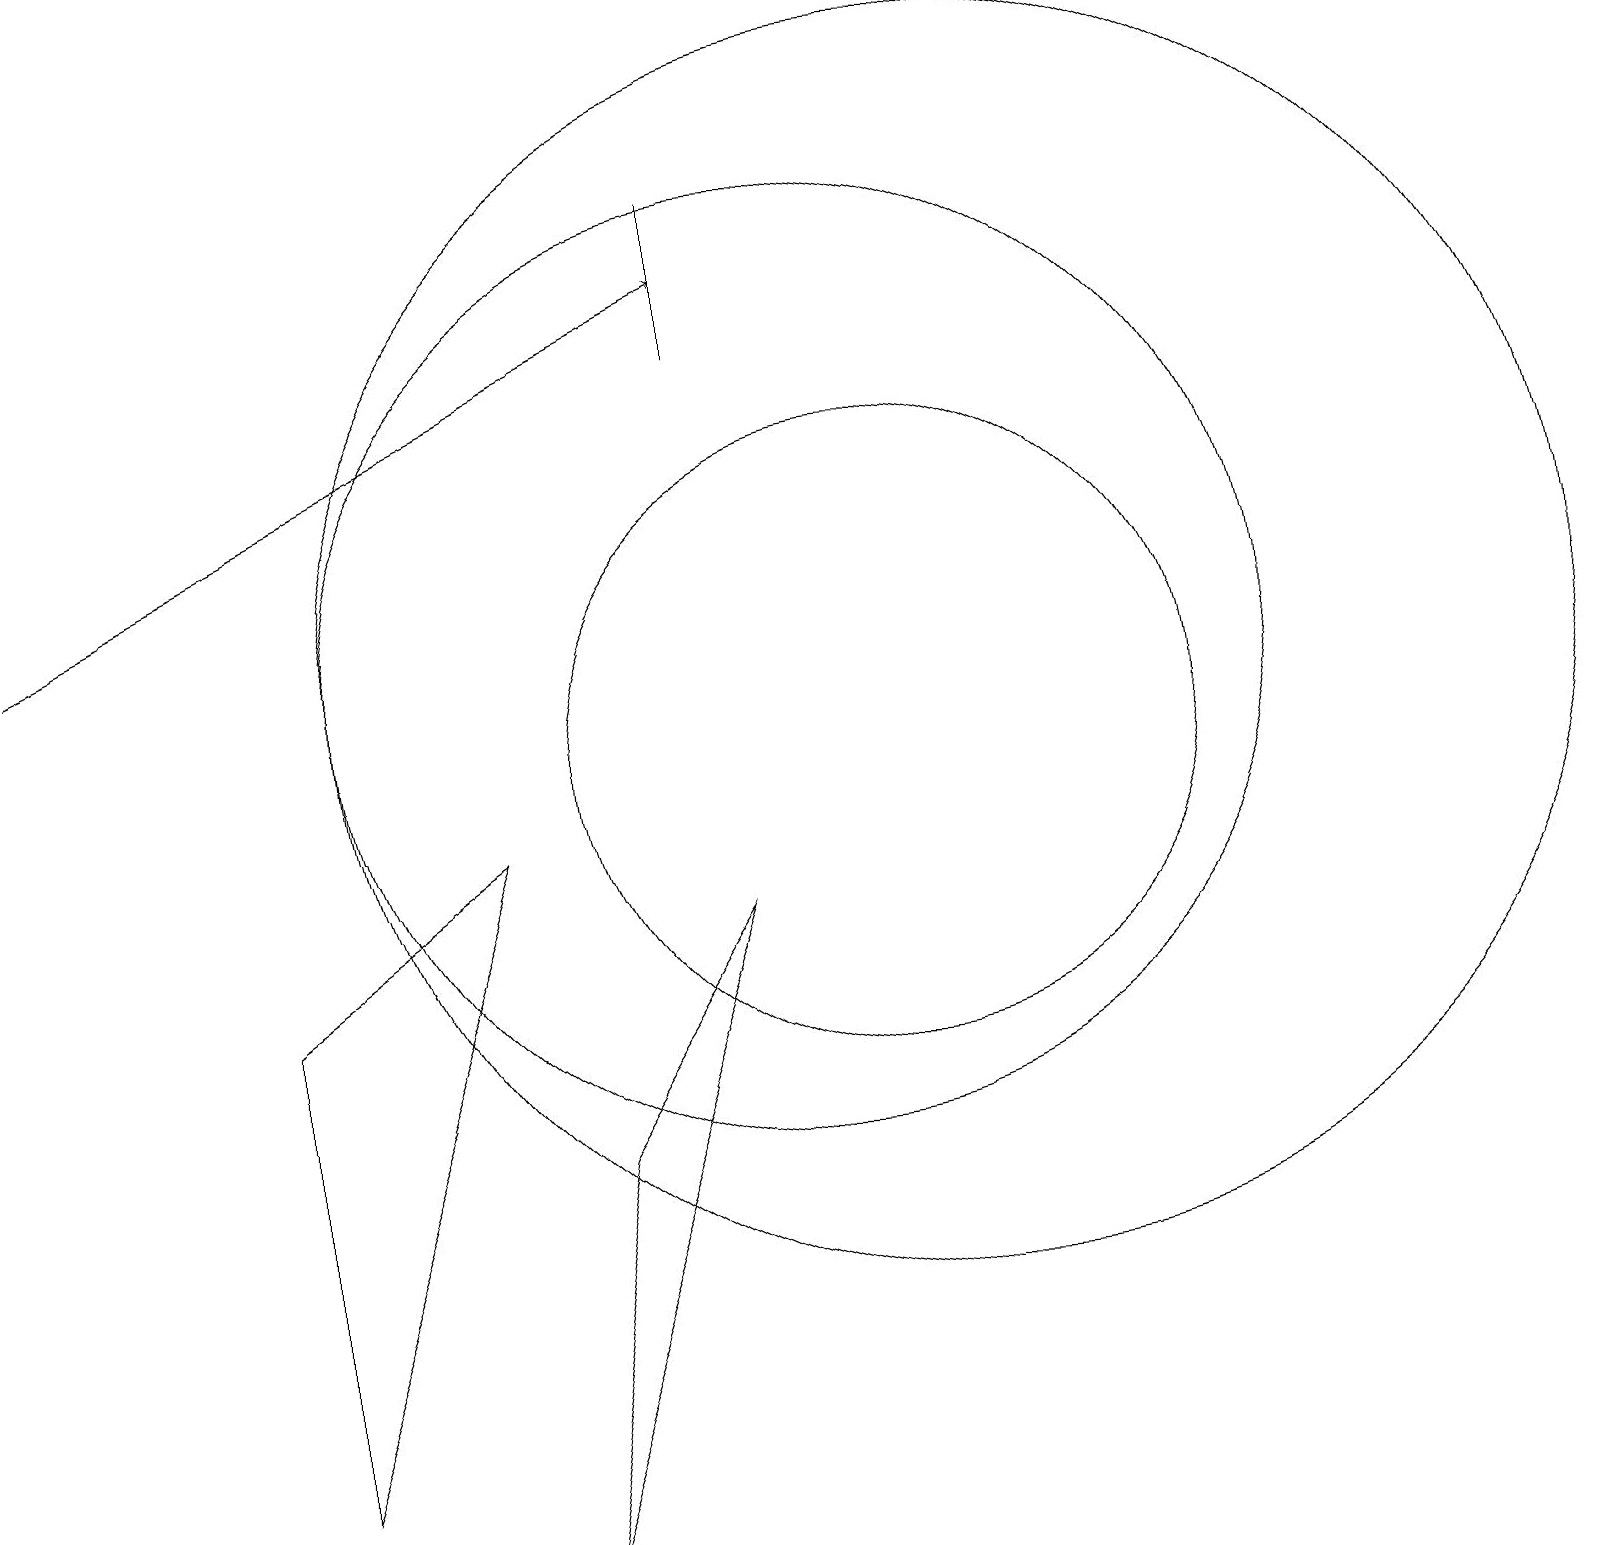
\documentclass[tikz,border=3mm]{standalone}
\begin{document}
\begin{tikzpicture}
\draw (10,11) circle (6);
\draw (3,7) -- (3,1) -- (6,9) -- cycle;
\draw (9,17) rectangle (9,15);
\draw (11,10) circle (4);
\draw[->] (0,12) -- (9,16);
\draw (12,11) circle (8);
\draw (7,5) -- (6,0) -- (9,8) -- cycle;
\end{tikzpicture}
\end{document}